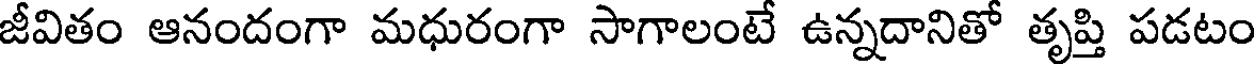
జీవితం ఆనందంగా మధురంగా సాగాలంటే ఉన్నదానితో తృప్తి పడటం